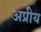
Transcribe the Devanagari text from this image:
अप्रीय